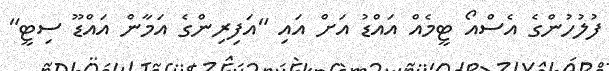
ފުލުހުންގެ އެސްއޯ ޓީމެއް އައްޑު އަށް އައި "އަފިރިންގެ އަމާން އައްޑޫ ސިޓީ"